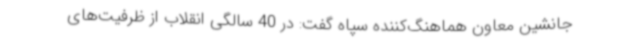
جانشین معاون هماهنگ‌کننده سپاه گفت: در 40 سالگی انقلاب از ظرفیت‌های